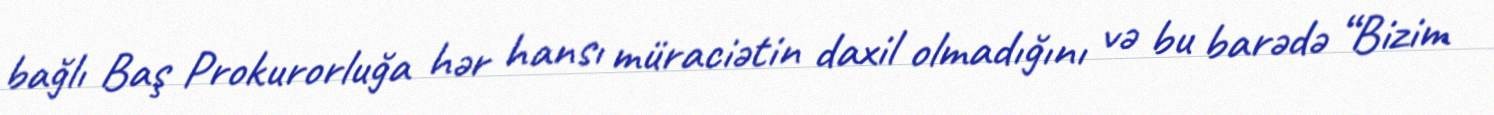
bağlı Baş Prokurorluğa hər hansı müraciətin daxil olmadığını və bu barədə “Bizim